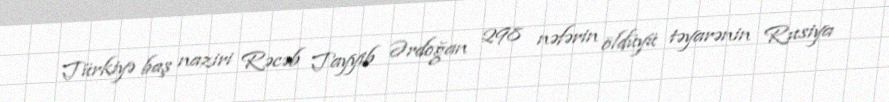
Türkiyə baş naziri Rəcəb Tayyib Ərdoğan 298 nəfərin öldüyü təyarənin Rusiya